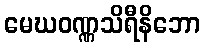
မေဃဝဏ္ဏသိရီနိဘော